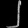
Digit: ၂